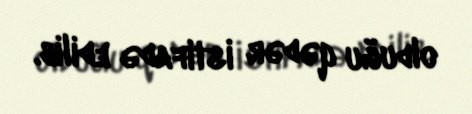
olduğu qədər istifadə edilib.